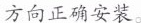
方向正确安装。